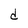
Character: d